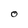
Character: O